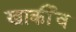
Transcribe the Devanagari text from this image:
खार्कीव